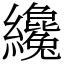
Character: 纔